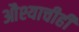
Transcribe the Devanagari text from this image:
औश्याचीही